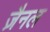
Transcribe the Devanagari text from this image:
ज़ैनल